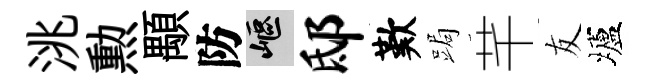
洮勲顒防嶇邸歎跼芊友壚